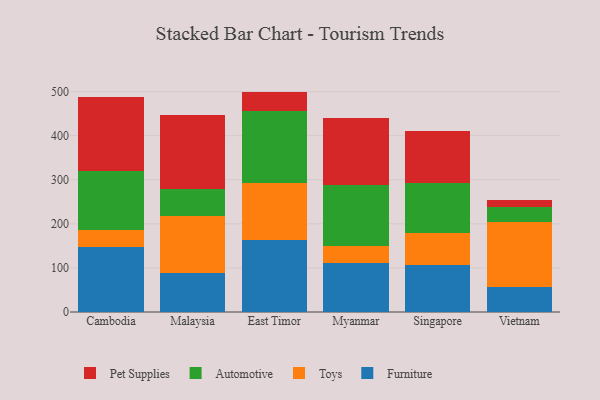
{"axis": {"x": "Country", "y": "Website Visitors"}, "legend": ["Automotive", "Furniture", "Pet Supplies", "Toys"], "data": [{"x": "Cambodia", "y": 147.1, "type": "Furniture"}, {"x": "Cambodia", "y": 38.7, "type": "Toys"}, {"x": "Cambodia", "y": 133.6, "type": "Automotive"}, {"x": "Cambodia", "y": 169.1, "type": "Pet Supplies"}, {"x": "Malaysia", "y": 88.5, "type": "Furniture"}, {"x": "Malaysia", "y": 130.3, "type": "Toys"}, {"x": "Malaysia", "y": 60.9, "type": "Automotive"}, {"x": "Malaysia", "y": 166.3, "type": "Pet Supplies"}, {"x": "East Timor", "y": 162.7, "type": "Furniture"}, {"x": "East Timor", "y": 129.4, "type": "Toys"}, {"x": "East Timor", "y": 165.0, "type": "Automotive"}, {"x": "East Timor", "y": 42.9, "type": "Pet Supplies"}, {"x": "Myanmar", "y": 111.1, "type": "Furniture"}, {"x": "Myanmar", "y": 39.1, "type": "Toys"}, {"x": "Myanmar", "y": 137.6, "type": "Automotive"}, {"x": "Myanmar", "y": 151.9, "type": "Pet Supplies"}, {"x": "Singapore", "y": 105.9, "type": "Furniture"}, {"x": "Singapore", "y": 73.3, "type": "Toys"}, {"x": "Singapore", "y": 113.0, "type": "Automotive"}, {"x": "Singapore", "y": 117.9, "type": "Pet Supplies"}, {"x": "Vietnam", "y": 56.5, "type": "Furniture"}, {"x": "Vietnam", "y": 148.6, "type": "Toys"}, {"x": "Vietnam", "y": 34.1, "type": "Automotive"}, {"x": "Vietnam", "y": 14.5, "type": "Pet Supplies"}]}